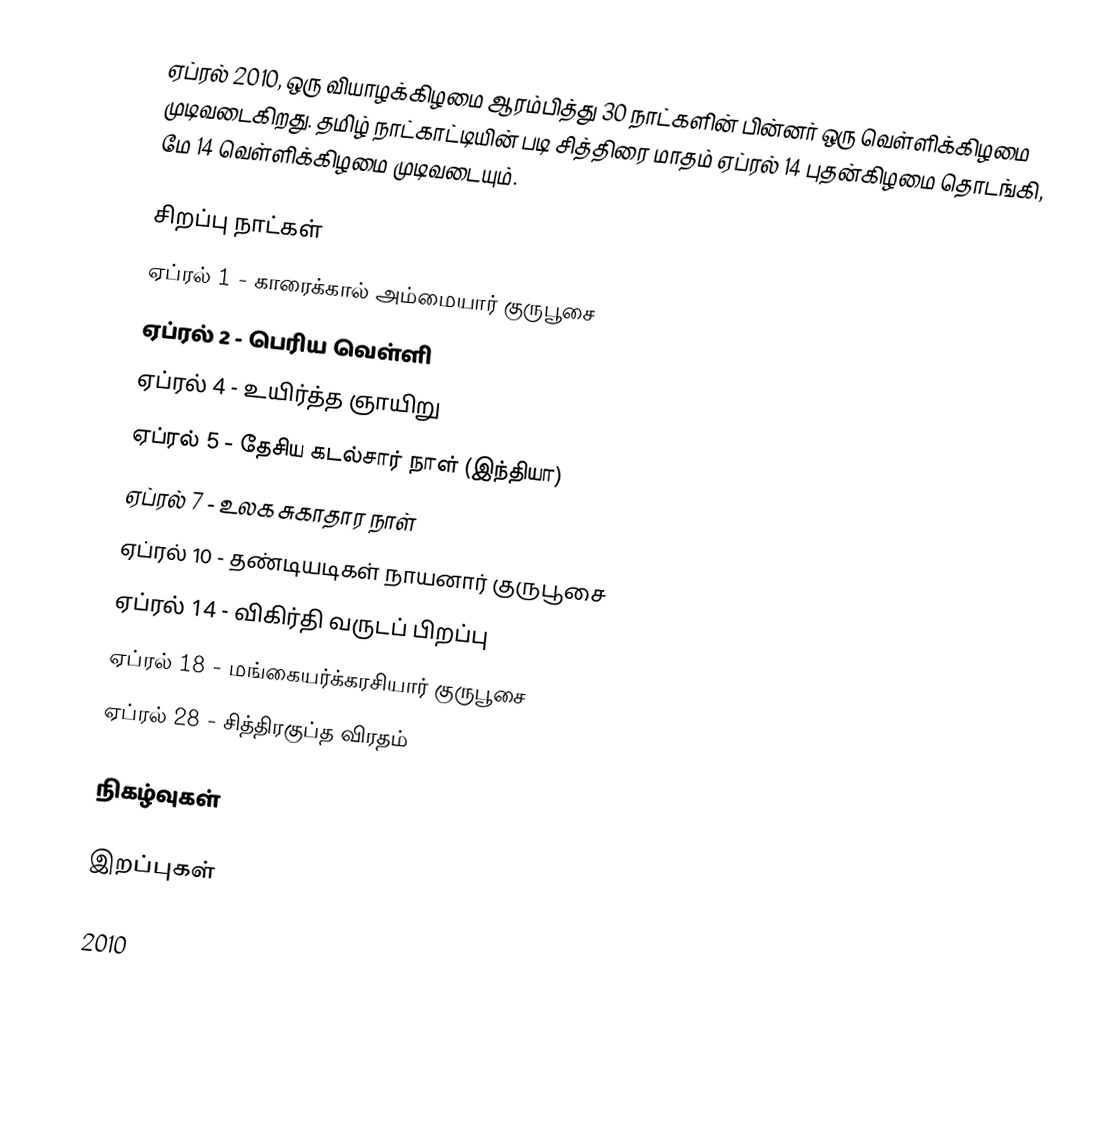
ஏப்ரல் 2010, ஒரு வியாழக்கிழமை ஆரம்பித்து 30 நாட்களின் பின்னர் ஒரு வெள்ளிக்கிழமை முடிவடைகிறது. தமிழ் நாட்காட்டியின் படி சித்திரை மாதம் ஏப்ரல் 14 புதன்கிழமை தொடங்கி, மே 14 வெள்ளிக்கிழமை முடிவடையும்.

சிறப்பு நாட்கள்
 ஏப்ரல் 1 - காரைக்கால் அம்மையார் குருபூசை
 ஏப்ரல் 2 - பெரிய வெள்ளி
 ஏப்ரல் 4 - உயிர்த்த ஞாயிறு
 ஏப்ரல் 5 - தேசிய கடல்சார் நாள் (இந்தியா)
 ஏப்ரல் 7 - உலக சுகாதார நாள்
 ஏப்ரல் 10 - தண்டியடிகள் நாயனார் குருபூசை
 ஏப்ரல் 14 - விகிர்தி வருடப் பிறப்பு
 ஏப்ரல் 18 - மங்கையர்க்கரசியார் குருபூசை
 ஏப்ரல் 28 - சித்திரகுப்த விரதம்

நிகழ்வுகள்

இறப்புகள்

2010